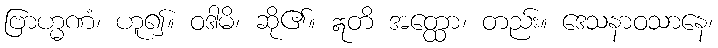
ဗြာဟ္မဏံ၊ ဟူ၍။ ဝဒါမိ၊ ဆို၏။ ဣတိ အတ္ထော၊ တည်း။ ဒေသနာဝသာနေ၊